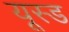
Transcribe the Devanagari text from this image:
यूस्ड